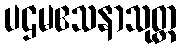
ပဌမဧသနာသုတ္တ